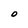
Character: O